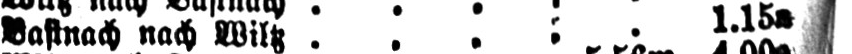
Bastnach nach Wiltz ...:. 1.15